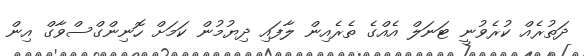
ދަތުރެއް ކުރެވުނީ ޓަނަލް އެއްގެ ތެރެއިން ލާފައި ދިޔުމުން ކަމަށް ހޮނިންގްސްވާގް އިން